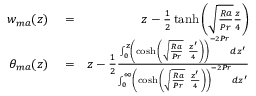
\begin{array} { r l r } { w _ { m a } ( z ) } & { { } = } & { z - \frac { 1 } { 2 } \operatorname { t a n h } \left( \sqrt { \frac { R a } { P r } } \frac { z } { 4 } \right) } \\ { \theta _ { m a } ( z ) } & { { } = } & { z - \frac { 1 } { 2 } \frac { \int _ { 0 } ^ { z } \left( \cosh { \left( \sqrt { \frac { R a } { P r } } \ \frac { z ^ { \prime } } { 4 } \right) } \right) ^ { - 2 P r } d z ^ { \prime } } { \int _ { 0 } ^ { \infty } \left( \cosh { \left( \sqrt { \frac { R a } { P r } } \ \frac { z ^ { \prime } } { 4 } \right) } \right) ^ { - 2 P r } d z ^ { \prime } } } \end{array}